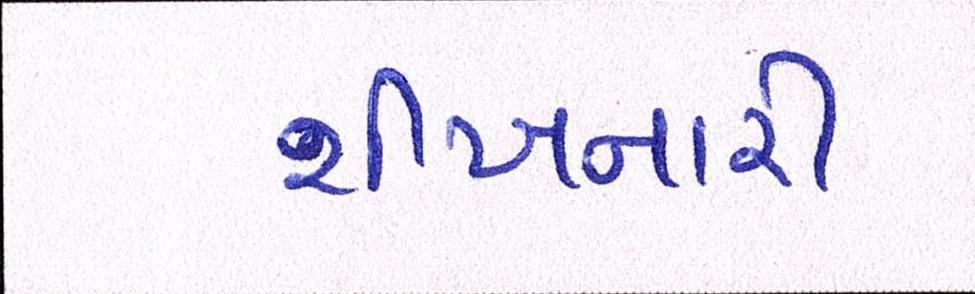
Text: શીખનારી